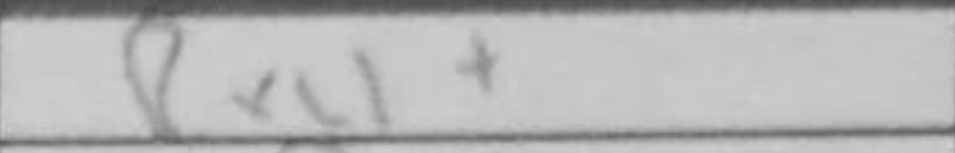
Transcription: Rxc1+